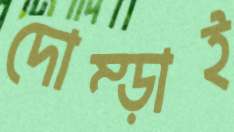
দোম্‌ড়াই